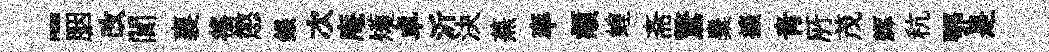
-胭改闃襄徭懲銀次庵矱卓沂決蕪率頫蝗斋驚麋擴靑𠩄茂辉秔鄂是